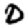
Digit: 0